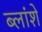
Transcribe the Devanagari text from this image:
ब्लांशे